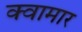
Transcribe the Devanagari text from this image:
क्वामार